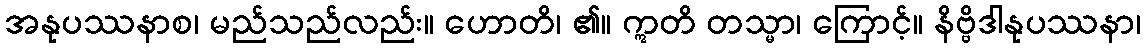
အနုပဿနာစ၊ မည်သည်လည်း။ ဟောတိ၊ ၏။ ဣတိ တသ္မာ၊ ကြောင့်။ နိဗ္ဗိဒါနုပဿနာ၊